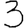
Digit: 3